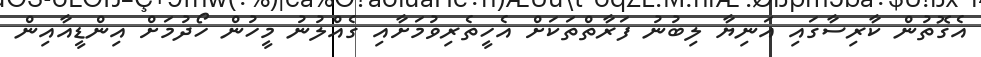
އެގޮތުން ކާރިސާގައި އަނިޔާ ލިބުނު ފަރާތްތަކަށް އެހީތެރިވުމަށާއި ގެއްލުނު މީހުން ހޯދުމަށް އިންޑީއާއިން